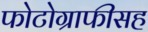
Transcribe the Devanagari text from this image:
फोटोग्राफीसह